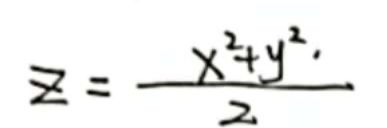
\[
z = \frac{x^{2}+y^{2}}{2}
\]